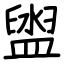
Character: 盥